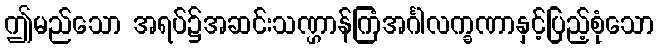
ဤမည်သော အရပ်၌အဆင်းသဏ္ဌာန်ကြံအင်္ဂါလက္ခဏာနှင့်ပြည့်စုံသော